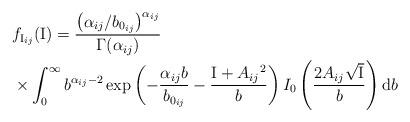
LaTeX: \begin{align*}& f_{\mathrm{I}_{ij}}(\mathrm{I}) = \frac{\left({\alpha_{ij}}/{b_{0_{ij}}}\right)^{\alpha_{ij}}}{\Gamma(\alpha_{ij})} \\& \times \int_0^{\infty} b^{\alpha_{ij}-2}\exp\left(-\frac{\alpha_{ij} b}{b_{0_{ij}}}-\frac{\mathrm{I}+{A_{ij}}^2}{b}\right)I_0\left(\frac{2{A_{ij}}\sqrt{\mathrm{I}}}{b}\right)\mathrm{d}b\end{align*}